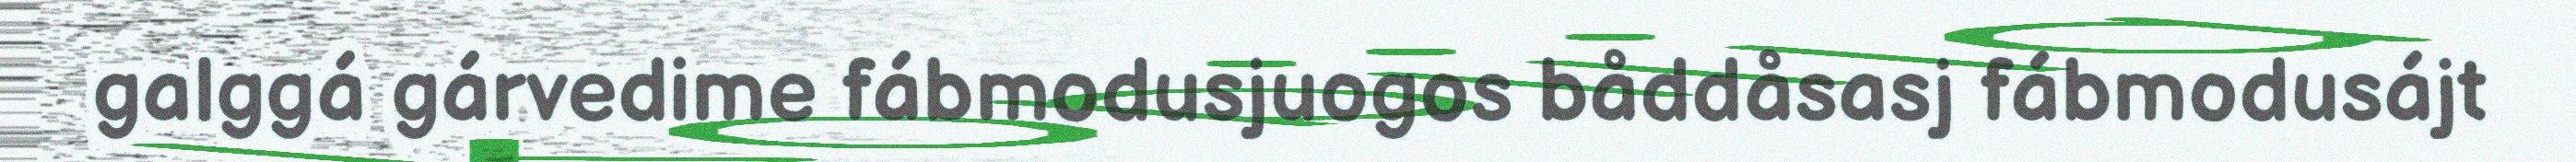
galggá gárvedime fábmodusjuogos båddåsasj fábmodusájt